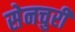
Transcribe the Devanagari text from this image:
सेनचुरी